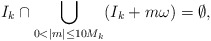
\begin{align*}I_k \cap \bigcup \limits_{0 < |m| \leq 10M_k} (I_k + m\omega) = \emptyset,\end{align*}